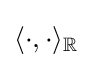
\langle \cdot ,\cdot \rangle _{\mathbb {R} }